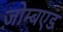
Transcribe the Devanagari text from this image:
ज़ोम्बएड